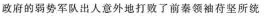
政府的弱势军队出人意外地打败了前秦领袖苻坚所统